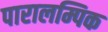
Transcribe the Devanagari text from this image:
पारालम्पिक